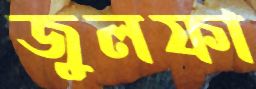
জুলফা